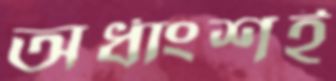
অর্ধাংশই